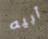
أبيه